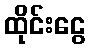
ထိုင်းငွေ